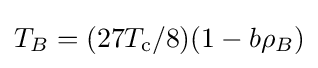
T_{B}=(27T_{\text{c}}/8)(1-b\rho _{B})